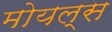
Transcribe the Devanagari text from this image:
मोयल्स